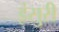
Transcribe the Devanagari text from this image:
इंसुरी